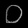
Digit: ၀